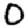
Digit: 0